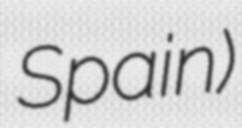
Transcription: Spain)